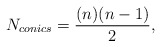
\begin{align*}N_{conics}=\frac{(n)(n-1)}{2},\end{align*}